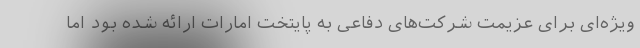
ویژه‌ای برای عزیمت شرکت‌های دفاعی به پایتخت امارات ارائه شده بود اما